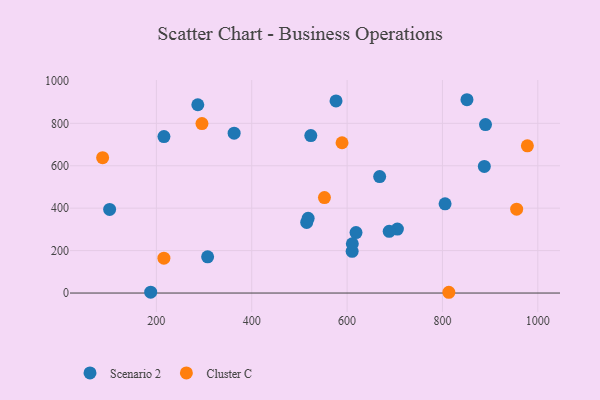
{"axis": {"x": "Speed", "y": "Exam Score"}, "legend": ["Cluster C", "Scenario 2"], "data": [{"x": "188.1", "y": 4.0, "type": "Scenario 2"}, {"x": "887.8", "y": 596.8, "type": "Scenario 2"}, {"x": "705.5", "y": 301.3, "type": "Scenario 2"}, {"x": "515.3", "y": 332.7, "type": "Scenario 2"}, {"x": "215.9", "y": 737.6, "type": "Scenario 2"}, {"x": "618.7", "y": 285.1, "type": "Scenario 2"}, {"x": "307.5", "y": 170.6, "type": "Scenario 2"}, {"x": "668.3", "y": 548.9, "type": "Scenario 2"}, {"x": "805.5", "y": 420.6, "type": "Scenario 2"}, {"x": "286.9", "y": 887.6, "type": "Scenario 2"}, {"x": "688.3", "y": 291.0, "type": "Scenario 2"}, {"x": "102.0", "y": 394.3, "type": "Scenario 2"}, {"x": "518.3", "y": 352.4, "type": "Scenario 2"}, {"x": "576.8", "y": 905.6, "type": "Scenario 2"}, {"x": "363.1", "y": 753.4, "type": "Scenario 2"}, {"x": "523.9", "y": 742.1, "type": "Scenario 2"}, {"x": "890.3", "y": 794.3, "type": "Scenario 2"}, {"x": "610.6", "y": 196.8, "type": "Scenario 2"}, {"x": "851.4", "y": 911.2, "type": "Scenario 2"}, {"x": "611.0", "y": 232.4, "type": "Scenario 2"}, {"x": "552.5", "y": 450.2, "type": "Cluster C"}, {"x": "978.1", "y": 693.7, "type": "Cluster C"}, {"x": "215.8", "y": 164.2, "type": "Cluster C"}, {"x": "955.6", "y": 395.5, "type": "Cluster C"}, {"x": "295.6", "y": 798.8, "type": "Cluster C"}, {"x": "87.3", "y": 638.1, "type": "Cluster C"}, {"x": "813.4", "y": 3.6, "type": "Cluster C"}, {"x": "589.4", "y": 708.3, "type": "Cluster C"}]}